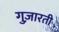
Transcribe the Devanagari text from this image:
गुज़ारती